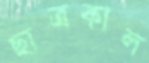
ছাত্রকাল